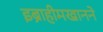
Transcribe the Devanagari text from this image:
इब्राहीमखानने